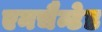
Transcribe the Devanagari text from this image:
एनचैन्टेड